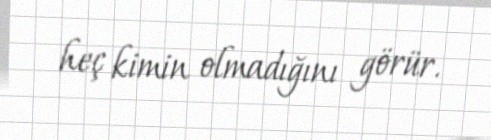
heç kimin olmadığını görür.